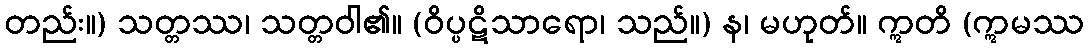
တည်း။) သတ္တဿ၊ သတ္တဝါ၏။ (ဝိပ္ပဋိသာရော၊ သည်။) န၊ မဟုတ်။ ဣတိ (ဣမဿ